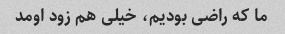
ما که راضی بودیم، خیلی هم زود اومد